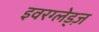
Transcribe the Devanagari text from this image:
इवरग्लेड्ज़